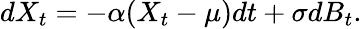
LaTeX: dX_{t}=-\alpha(X_{t}-\mu)dt+\sigma dB_{t}.